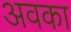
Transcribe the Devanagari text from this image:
अवका